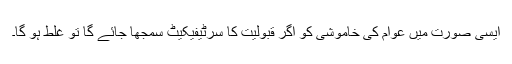
ایسی صورت میں عوام کی خاموشی کو اگر قبولیت کا سرٹیفیکیٹ سمجھا جائے گا تو غلط ہو گا۔